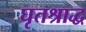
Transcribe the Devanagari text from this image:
घृतश्राद्ध